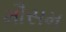
મૌસમ